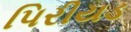
પિરીયડ